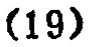
-19